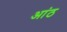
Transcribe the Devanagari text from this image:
आंठ